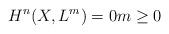
LaTeX: \begin{align*}H^{n}(X, L^{m}) = 0m\geq 0\end{align*}